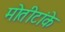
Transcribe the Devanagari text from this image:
मोतीटांके